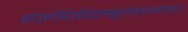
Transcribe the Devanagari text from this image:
अनंतरूपेविनियोजितात्माह्यनन्तरूपायनमोनमस्ते॥